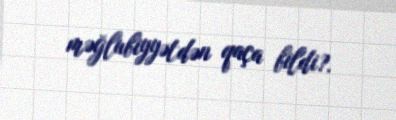
məğlubiyyətdən qaça bildi?.